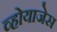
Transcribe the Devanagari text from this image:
व्होयाजेस